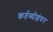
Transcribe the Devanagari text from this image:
कर्तव्योल्लंघन